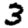
Digit: 3